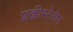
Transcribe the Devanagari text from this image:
फ्लक्लीस्टेरोन